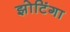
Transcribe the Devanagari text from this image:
झोटिंगा